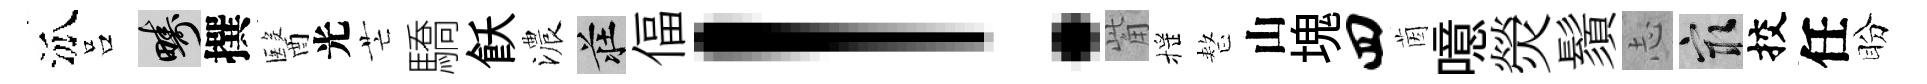
泒吕疇撰醫光芒驕飫濃莊偪！觜摇整山塊四茵噫熒鬚𢖽冣挍任盼